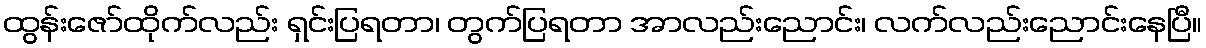
ထွန်းဇော်ထိုက်လည်း ရှင်းပြရတာ၊ တွက်ပြရတာ အာလည်းညောင်း၊ လက်လည်းညောင်းနေပြီ။